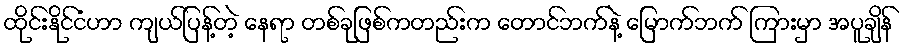
ထိုင်းနိုင်ငံဟာ ကျယ်ပြန့်တဲ့ နေရာ တစ်ခုဖြစ်ကတည်းက တောင်ဘက်နဲ့ မြောက်ဘက် ကြားမှာ အပူချိန်